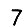
Digit: 7